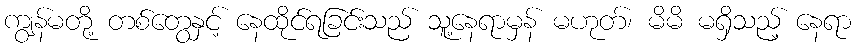
ကျွန်မတို့ တစ်တွေနှင့် နေထိုင်ရခြင်းသည် သူ့နေရာမှန် မဟုတ်၊ မိမိ မရှိသည့် နေရာ